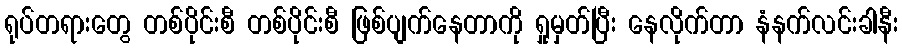
ရုပ်တရားတွေ တစ်ပိုင်းစီ တစ်ပိုင်းစီ ဖြစ်ပျက်နေတာကို ရှုမှတ်ပြီး နေလိုက်တာ နံနက်လင်းခါနီး